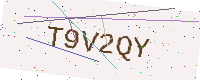
Text: T9V2QY